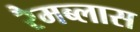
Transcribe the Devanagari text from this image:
रैमब्लास